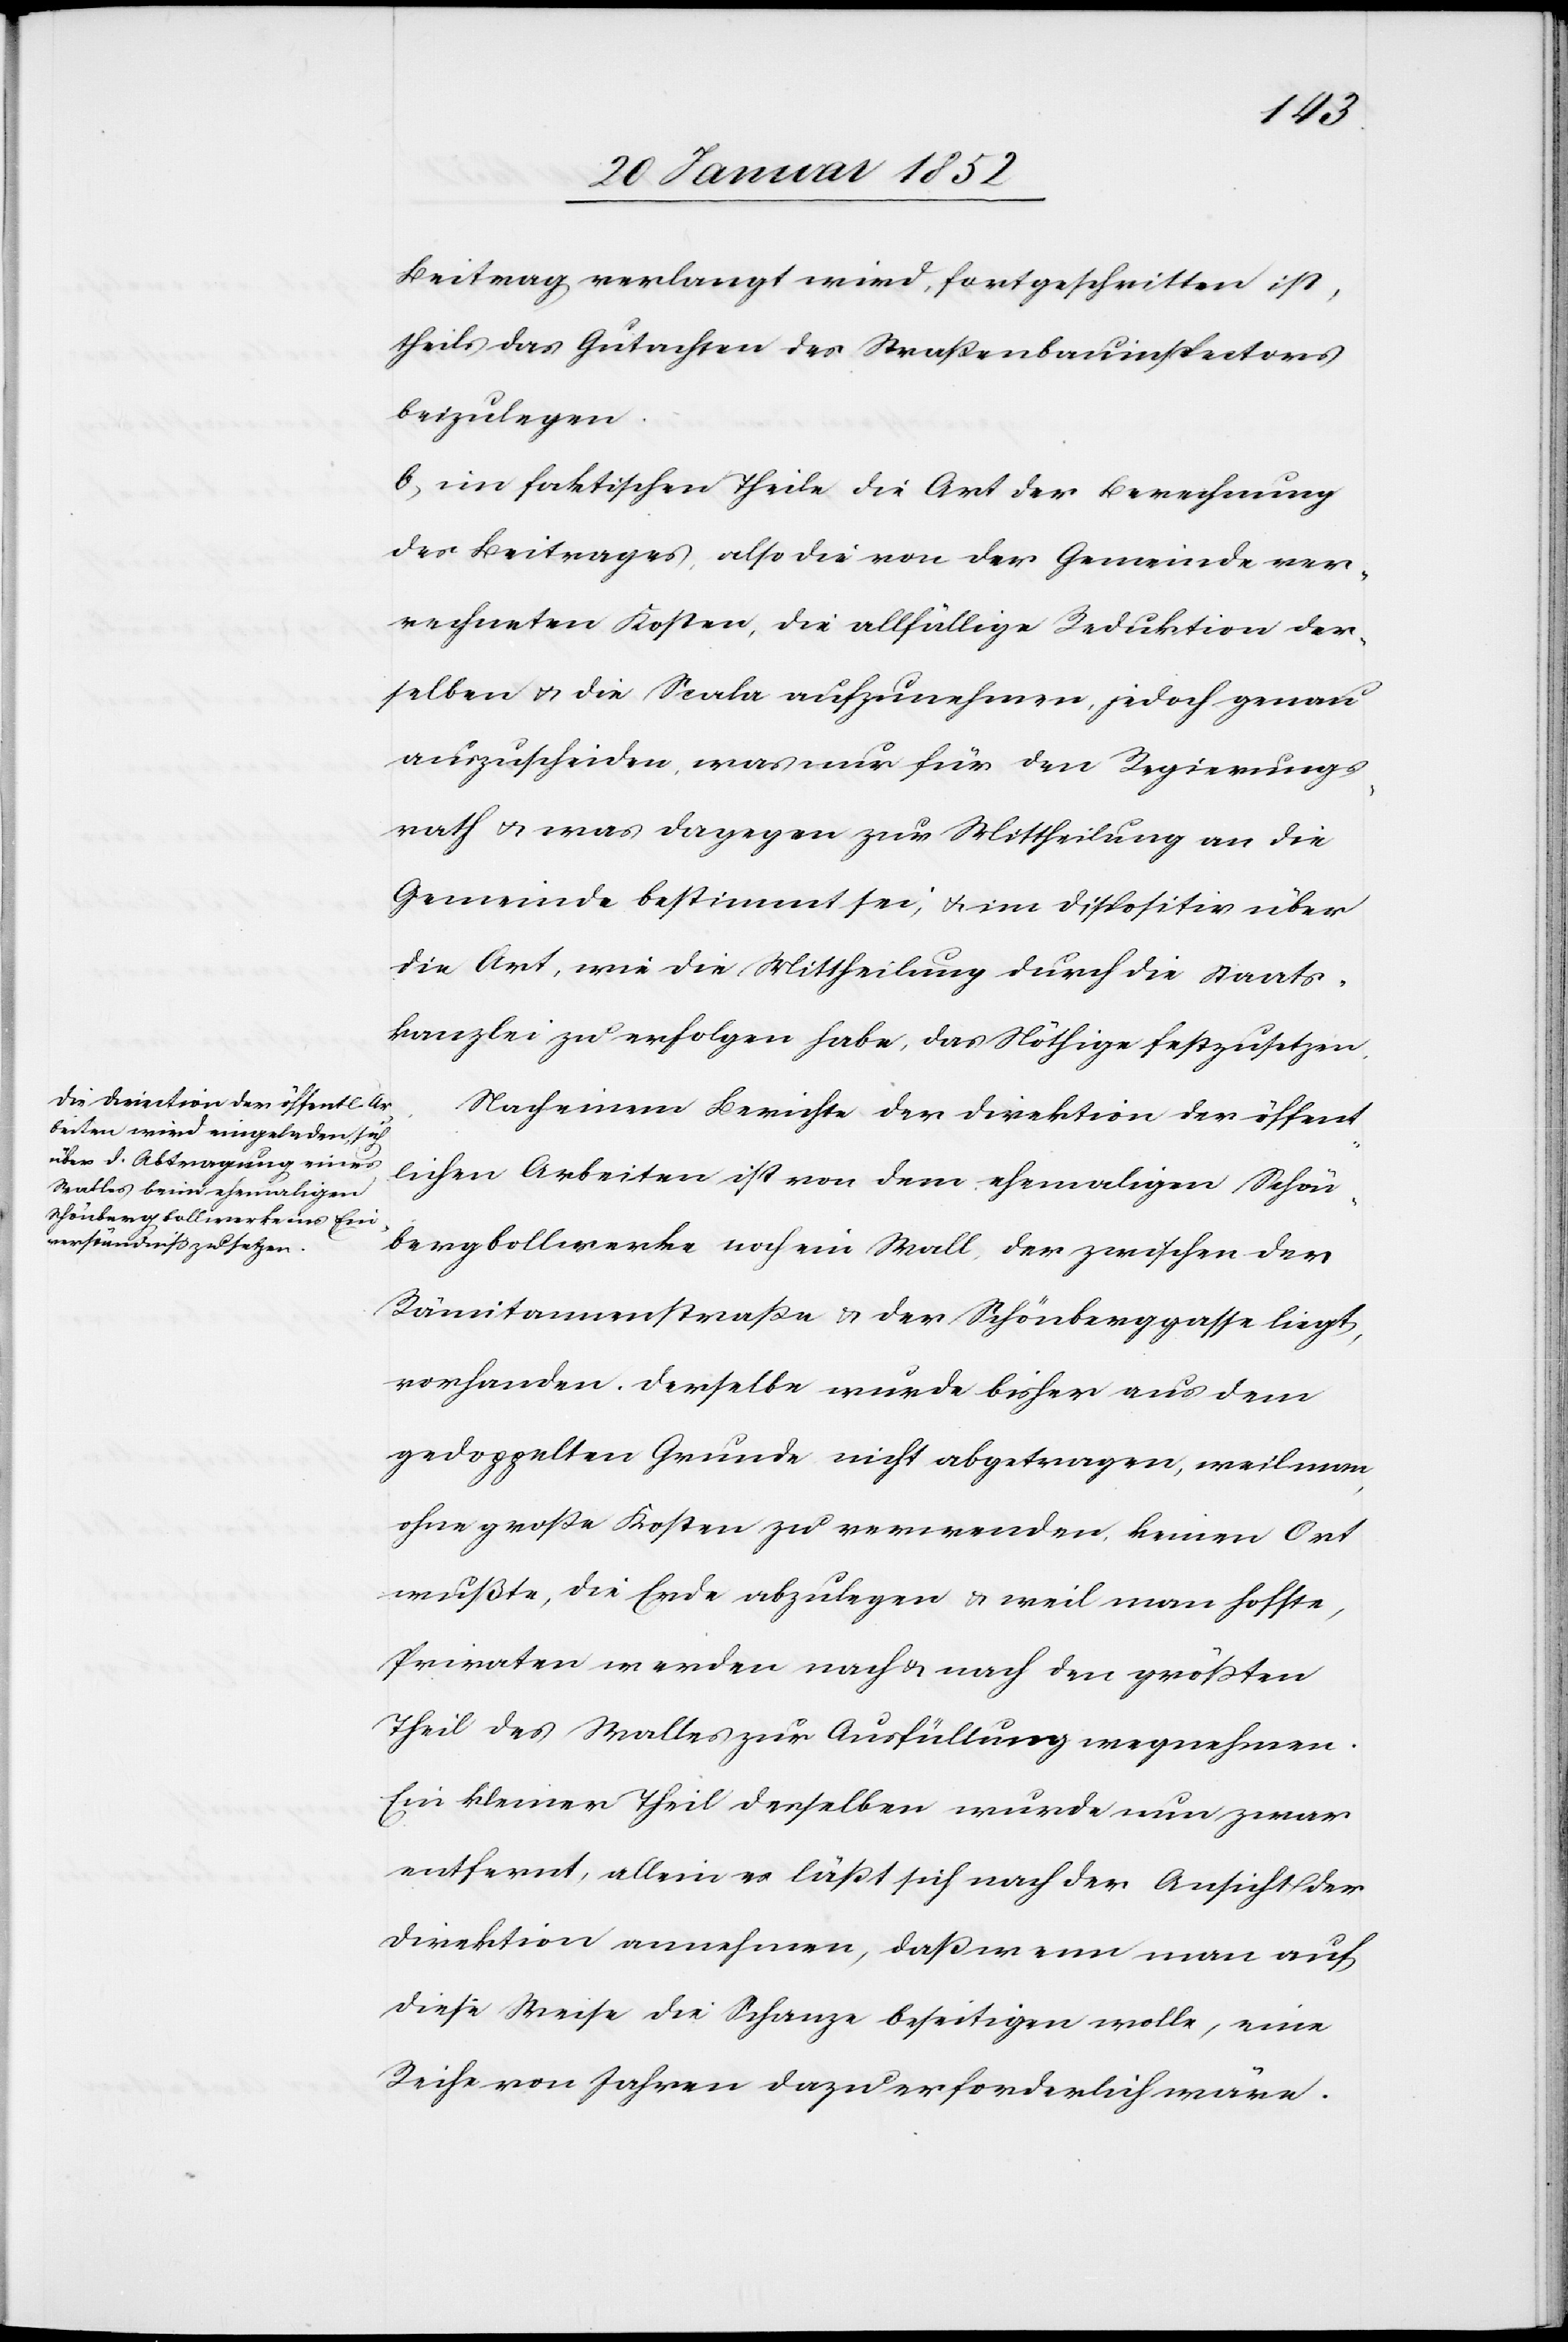
Beitrag verlangt wird, fortgeschritten ist,
theils das Gutachten des Straßenbauinspectors
beizulegen.
b) im faktischen Theile die Art der Berechnung
des Beitrages, also die von der Gemeinde ver¬
rechneten Kosten, die allfällige Reduktion der¬
selben u. die Scala aufzunehmen, jedoch genau
auszuscheiden, was nur für den Regierungs¬
rath u. was dagegen zur Mittheilung an die
Gemeinde bestimmt sei, u. im Dispositiv über
die Art, wie die Mittheilung durch die Staats¬
kanzlei zu erfolgen habe, das Nöthige festzusetzen.
Nach einem Berichte der Direktion der öffent¬
lichen Arbeiten ist von dem ehmaligen Schön¬
bergbollwerke noch ein Wall, der zwischen der
Rämitannenstraße u. der Schönberggasse liegt,
vorhanden. Derselbe wurde bisher aus dem
gedoppelten Grunde nicht abgetragen, weil man
ohne große Kosten zu verwenden, keinen Ort
wußte, die Erde abzulegen u. weil man hoffte,
Privaten werden nach u. nach den größten
Theil des Walles zur Ausfüllung wegnehmen.
Ein kleiner Theil derselben wurde nun zwar
entfernt, allein es läßt sich nach der Ansicht der
Direktion annehmen, daß wenn man auf
diese Weise die Schanze beseitigen wolle, eine
Reihe von Jahren dazu erforderlich wäre.